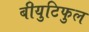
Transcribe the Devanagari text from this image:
बीयुटिफुल